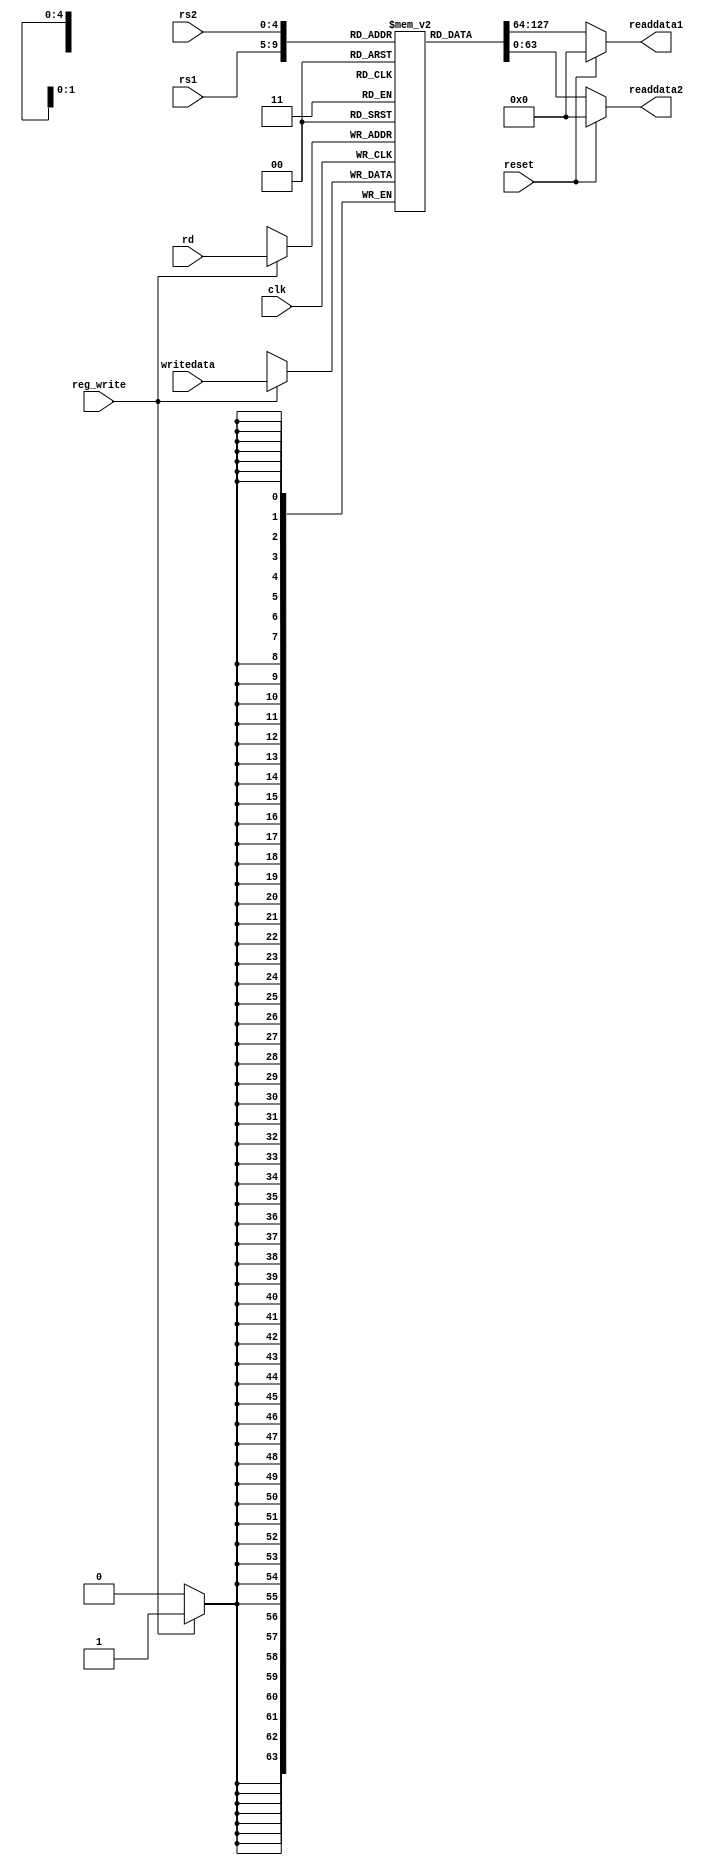
module Register_File(
  input clk,
  input reset,
  input [4:0] rs1,
  input [4:0] rs2,
  input [4:0] rd,
  input [63:0] writedata,
  input reg_write,
  output [63:0] readdata1,
  output [63:0] readdata2
  );
 
    reg [63:0] Registers [31:0]; //array of all registers
    
    initial begin //assigning test values to the registers
        Registers[5'd0] = 64'd1;
        Registers[5'd1] = 64'd2;
        Registers[5'd2] = 64'd3;
        Registers[5'd3] = 64'd4;
        Registers[5'd4] = 64'd5;
        Registers[5'd5] = 64'd6;
        Registers[5'd6] = 64'd7;
        Registers[5'd7] = 64'd8;
        Registers[5'd8] = 64'd9;
        Registers[5'd9] = 64'd10;
        Registers[5'd10] = 64'd11;
        Registers[5'd11] = 64'd12;
        Registers[5'd12] = 64'd13;
        Registers[5'd13] = 64'd14;
        Registers[5'd14] = 64'd15;
        Registers[5'd15] = 64'd16;
        Registers[5'd16] = 64'd17;
        Registers[5'd17] = 64'd18;
        Registers[5'd18] = 64'd19;
        Registers[5'd19] = 64'd20;
        Registers[5'd20] = 64'd21;
        Registers[5'd21] = 64'd22;
        Registers[5'd22] = 64'd23;
        Registers[5'd23] = 64'd24;
        Registers[5'd24] = 64'd25;
        Registers[5'd25] = 64'd26;
        Registers[5'd26] = 64'd27;
        Registers[5'd27] = 64'd28;
        Registers[5'd28] = 64'd29;
        Registers[5'd29] = 64'd30;
        Registers[5'd30] = 64'd31;
        Registers[5'd31] = 64'd32; 
    end
    
    //output assignment
    assign readdata1 = reset ? 64'b0 : Registers[rs1]; 
    assign readdata2 = reset ? 64'b0 : Registers[rs2];
    
    //writing data on RD
    always @ ( posedge clk) begin
        if (reg_write) begin
            Registers[rd] <= writedata;
        end 
    end  

endmodule